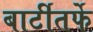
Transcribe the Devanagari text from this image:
बार्टीतर्फे